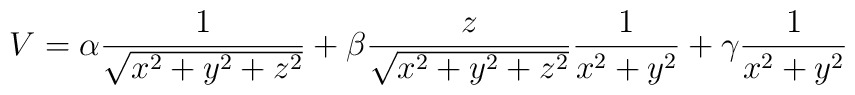
V = \alpha \frac{1} {\sqrt{x^2 + y^2 + z^2} } +    \beta  \frac{z} {\sqrt{x^2 + y^2 + z^2} } \frac{1}{ x^2 + y^2 } +    \gamma                                    \frac{1}{ x^2 + y^2 }